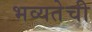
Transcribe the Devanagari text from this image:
भव्यतेची